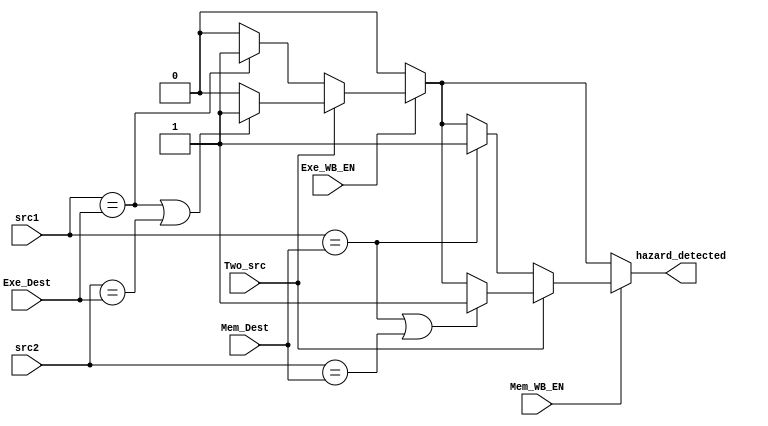
////////////////////////////////////////////////////////////////////////////////
//                              ARM Architecture:	                    		      //	
// 		                        Instruction_Fetch Stage		                        //
// Revision by: Amirmahdi Joudi				                                           //
////////////////////////////////////////////////////////////////////////////////
module hazard_Detection_Unit(
  input Two_src,
  input [3:0] src1,
  input [3:0] src2,
  input [3:0] Exe_Dest,
  input Exe_WB_EN,
  input [3:0] Mem_Dest,
  input Mem_WB_EN,
  output reg hazard_detected
);

  always @(Two_src, src1, src2, Exe_Dest, Exe_WB_EN, Mem_Dest, Mem_WB_EN) begin
    hazard_detected = 1'b0;
    
    if(Exe_WB_EN == 1'b1) begin
      if(Two_src == 1'b1) begin
        if(src1 == Exe_Dest || src2 == Exe_Dest) begin
          hazard_detected <= 1'b1;
        end
      end
      else if(Two_src == 1'b0) begin
        if(src1 == Exe_Dest) begin
          hazard_detected <= 1'b1;
        end
      end
    end
    
    
    if(Mem_WB_EN == 1'b1) begin
      if(Two_src == 1'b1) begin
        if(src1 == Mem_Dest || src2 == Mem_Dest) begin
          hazard_detected <= 1'b1;
        end
      end
      else if(Two_src == 1'b0) begin
        if(src1 == Mem_Dest) begin
          hazard_detected <= 1'b1;
        end
      end
    end
      
  end 
  
  
endmodule